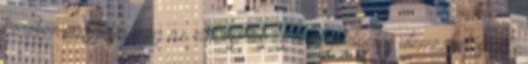
körében vizsgálja meg az előkészítés és a megvalósítás ütemezhetőségét,